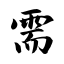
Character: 需